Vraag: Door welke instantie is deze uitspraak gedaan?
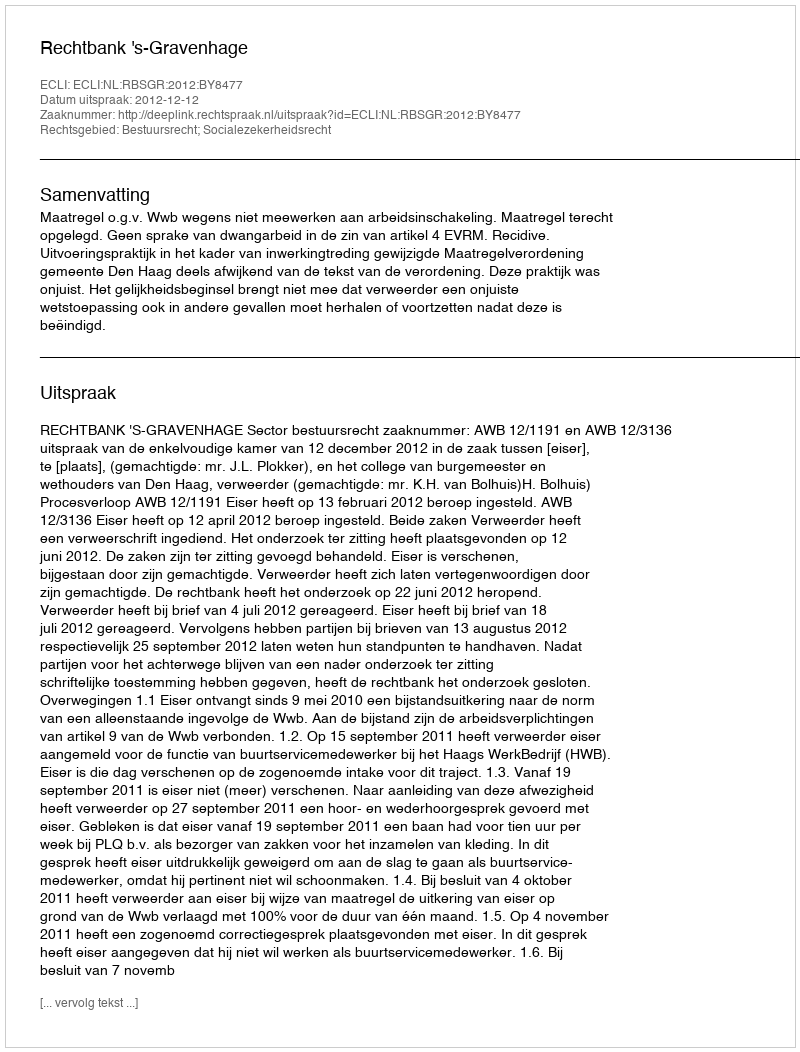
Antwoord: Rechtbank 's-Gravenhage